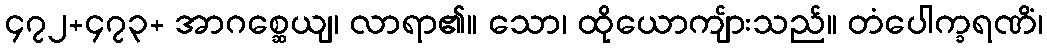
၄၇၂+၄၇၃+ အာဂစ္ဆေယျ၊ လာရာ၏။ သော၊ ထိုယောကျ်ားသည်။ တံပေါက္ခရဏိံ၊